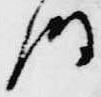
時